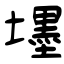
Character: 壥